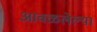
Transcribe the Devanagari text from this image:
आवळलेल्या